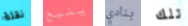
نقلة ينبح بنادي تلك